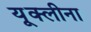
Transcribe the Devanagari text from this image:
यूक्लीना